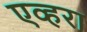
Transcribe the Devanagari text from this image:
एव्हरा